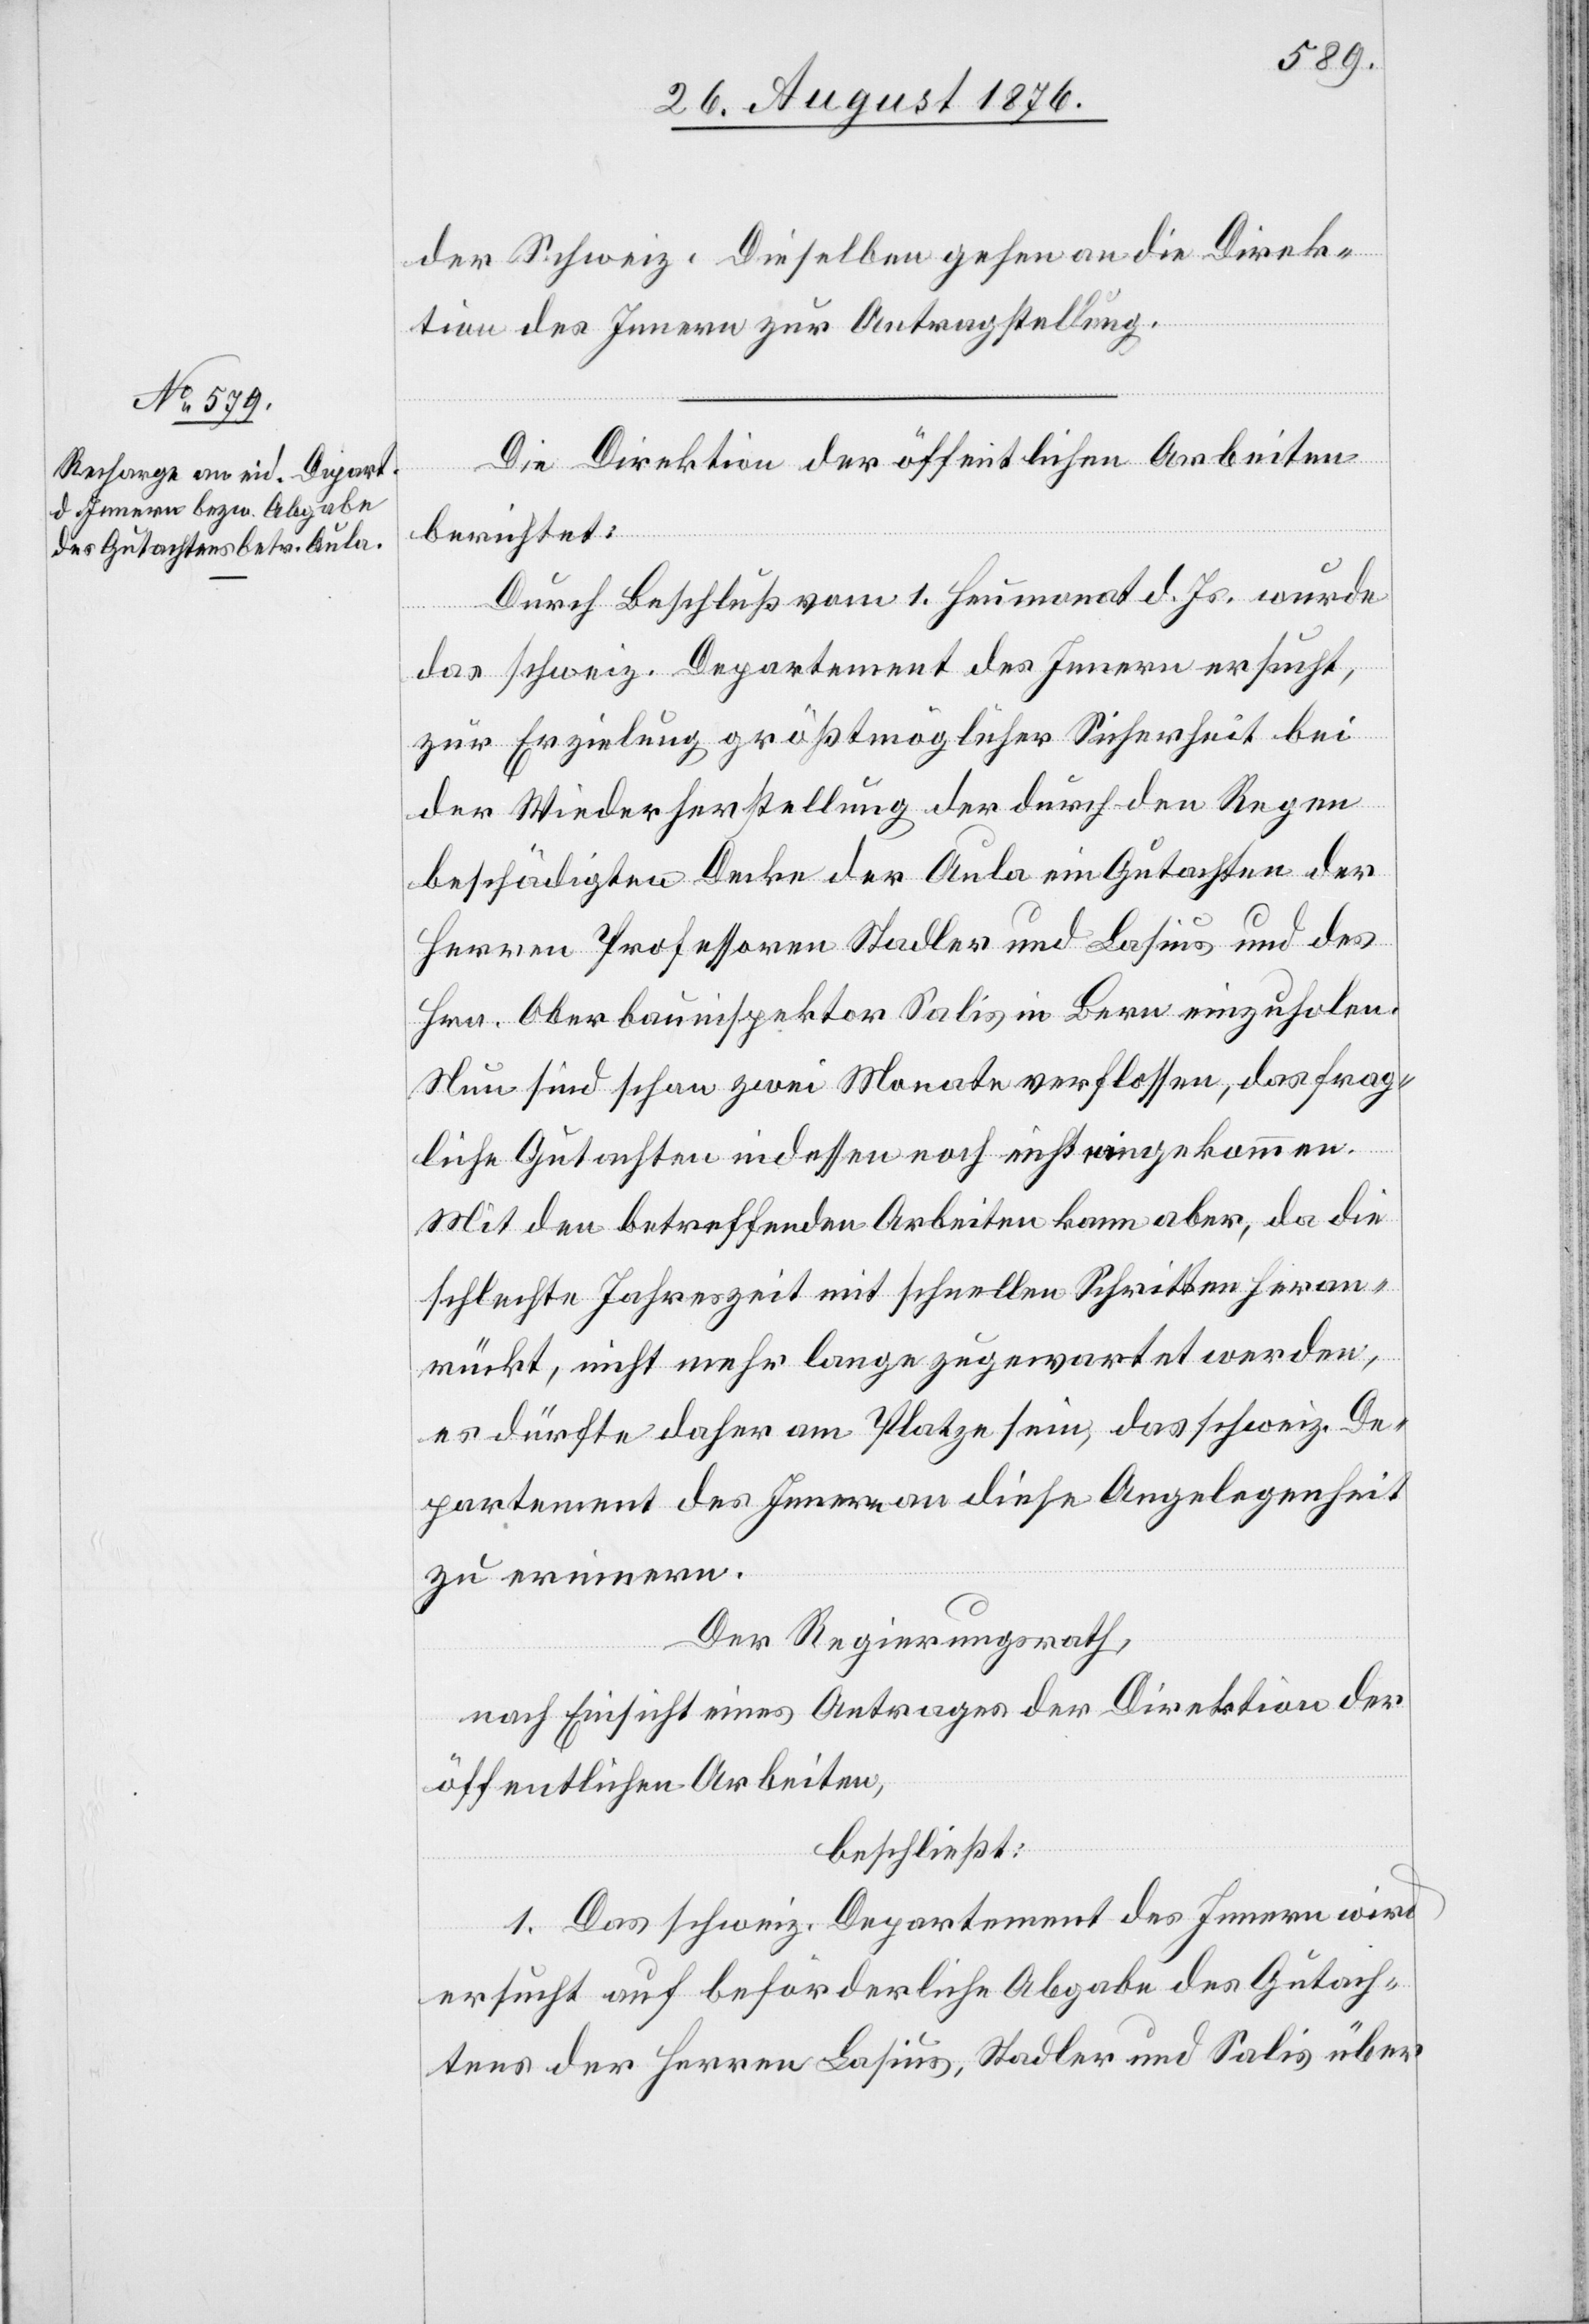
der Schweiz. Dieselben gehen an die Direk¬
tion des Innern zur Antragstellung.
Die Direktion der öffentlichen Arbeiten
berichtet:
Durch Beschluß vom 1. Heumonat d. Js. wurde
das schweiz. Departement des Innern ersucht,
zur Erzielung größtmöglicher Sicherheit bei
der Wiederherstellung der durch den Regen
beschädigten Decke der Aula ein Gutachten der
Herren Professoren Stadler und Lasius und des
Hrn. Oberbauinspektor Salis in Bern einzuholen.
Nun sind schon zwei Monate verflossen, das frag¬
liche Gutachten indessen noch nicht eingekommen.
Mit den betreffenden Arbeiten kann aber, da die
schlechte Jahreszeit mit schnellen Schritten heran¬
rückt, nicht mehr lange zugewartet werden,
es dürfte daher am Platze sein, das schweiz. De¬
partement des Innern an diese Angelegenheit
zu erinnern.
Der Regierungsrath,
nach Einsicht eines Antrages der Direktion der
öffentlichen Arbeiten,
beschließt:
1. Das schweiz. Departement des Innern wird
ersucht auf beförderliche Abgabe des Gutach¬
tens der Herren Lasius, Stadler und Salis über